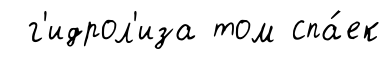
г'идрол'иза том спа́ек